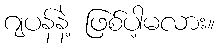
ဂျပန်နဲ့ ဖြစ်ပါ့မလား။